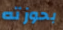
بحوزته